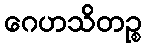
ဂေဟသိတဉ္စ